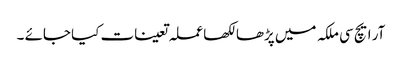
آر ایچ سی ملکہ میں پڑھا لکھا عملہ تعینات کیا جائے ۔